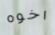
اخوه